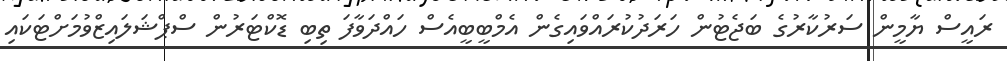
ރައީސް ޔާމީން ސަރުކާރުގެ ބަޖެޓުން ހަރަދުކުރައްވައިގެން އެމްބީބީއެސް ހައްދަވާފަ ތިބި ޑޮކްޓަރުން ސްޕްޝަލައިޒްވުމަށްޓަކައި